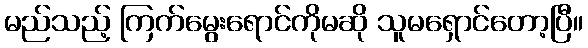
မည်သည့် ကြက်မွေးရောင်ကိုမဆို သူမရှောင်တော့ပြီ။